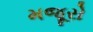
મજૂરો